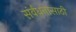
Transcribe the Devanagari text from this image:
संर्वधनासाठी